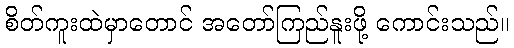
စိတ်ကူးထဲမှာတောင် အတော်ကြည်နူးဖို့ ကောင်းသည်။